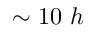
\sim 1 0 ~ h